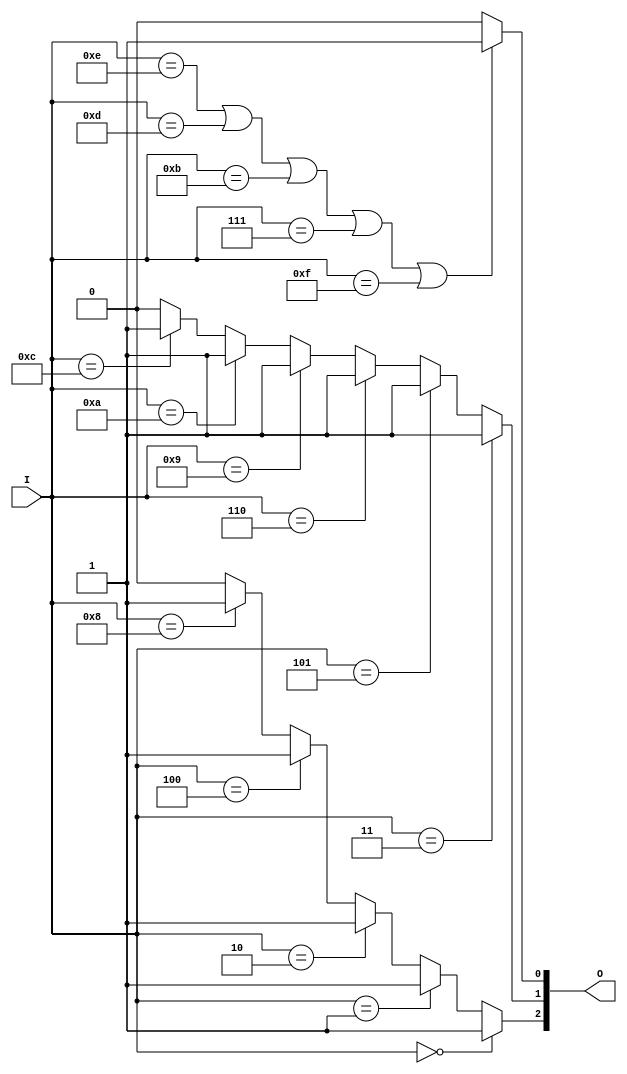
// Ch07 voter_if2.v
// |H ( if z)

module voter_if2 (I, O);
input  [3:0] I;		// I |J
output [3:1] O;		// O TX
reg    [3:1] O;		// i O s

//  if z
always@ (I)
  begin
    if      (I == 4'b0000)   O[3] = 1;
    else if (I == 4'b0001)   O[3] = 1;
    else if (I == 4'b0010)   O[3] = 1;
    else if (I == 4'b0100)   O[3] = 1;
    else if (I == 4'b1000)   O[3] = 1;
    else                     O[3] = 0;
  
    if      (I == 4'b0011)   O[2] = 1;
    else if (I == 4'b0101)   O[2] = 1;
    else if (I == 4'b0110)   O[2] = 1;
    else if (I == 4'b1001)   O[2] = 1;
    else if (I == 4'b1010)   O[2] = 1;
    else if (I == 4'b1100)   O[2] = 1;
    else                     O[2] = 0;

// ]iHgo if z
    if (I == 4'b1110 || I == 4'b1101 || I == 4'b1011 || 
        I == 4'b0111 || I == 'b1111)
      O[1] = 1;
    else 
      O[1] = 0;
  
  end
endmodule